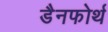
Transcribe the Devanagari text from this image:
डैनफोर्थ